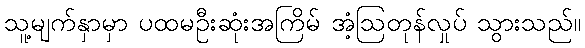
သူ့မျက်နှာမှာ ပထမဦးဆုံးအကြိမ် အံ့ဩတုန်လှုပ် သွားသည်။